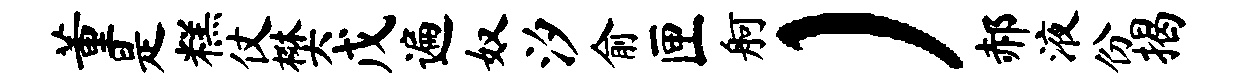
董是糕仗樊戊遍奴汐俞匣舸）郝液份揭